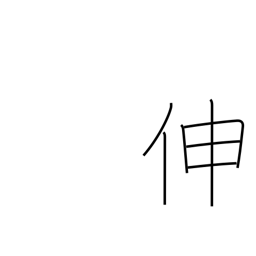
Meaning: increase